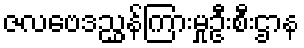
ဇလဗေဒညွှန်ကြားမှုဦးစီးဌာန